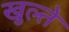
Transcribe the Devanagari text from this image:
खुल्ते